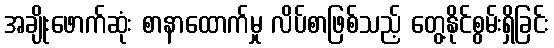
အချိုးဖောက်ဆုံး စာနာထောက်မှု လိပ်စာဖြစ်သည့် တွေ့နိုင်စွမ်းရှိခြင်း